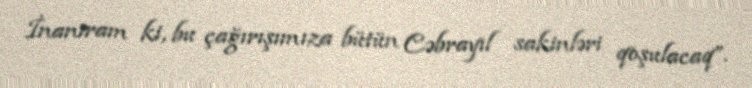
İnanıram ki, bu çağırışımıza bütün Cəbrayıl sakinləri qoşulacaq”.